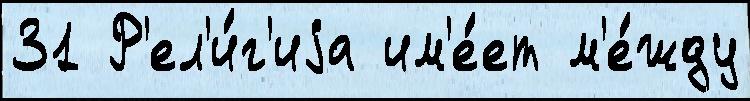
31 Р'ел'и́г'иjа им'е́ет м'е́жду